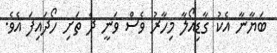
ބަޔާނާ އެކު ގާޑިއޯލާ މިހާރު ވެސް ވަނީ ދެ ތަށި ހޯދައިފަ އެވެ.